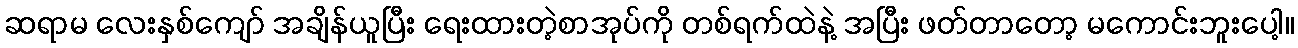
ဆရာမ လေးနှစ်ကျော် အချိန်ယူပြီး ရေးထားတဲ့စာအုပ်ကို တစ်ရက်ထဲနဲ့ အပြီး ဖတ်တာတော့ မကောင်းဘူးပေါ့။